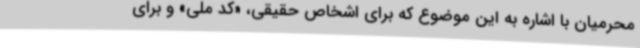
محرمیان با اشاره به این موضوع که برای اشخاص حقیقی، «کد ملی» و برای